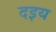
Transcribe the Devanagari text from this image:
दइय